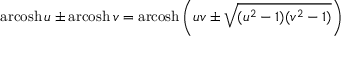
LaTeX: \operatorname { a r c o s h } u \pm \operatorname { a r c o s h } v = \operatorname { a r c o s h } \left( u v \pm { \sqrt { ( u ^ { 2 } - 1 ) ( v ^ { 2 } - 1 ) } } \right)